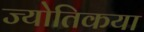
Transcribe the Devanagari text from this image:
ज्‍योतिकया